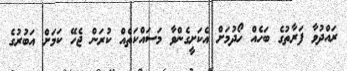
ރައްދުވާ ފަރާތުގެ ބަހެއް ހޯދުމަށް އެކަށީގެންވާ މަސައްކަތެއް ކުރަން ޖެހޭ ކަމަށް އަބުރުގެ